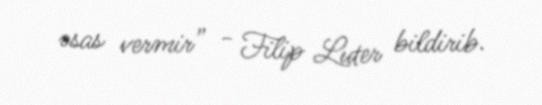
əsas vermir” - Filip Luter bildirib.